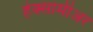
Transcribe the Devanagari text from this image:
हेक्सामीअर